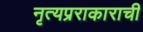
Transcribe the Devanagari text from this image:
नृत्यप्रराकाराची